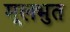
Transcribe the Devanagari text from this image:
मूलभुत